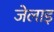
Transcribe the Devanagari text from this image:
जेलाइ